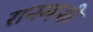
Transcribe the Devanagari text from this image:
रानम्हशी